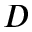
D